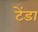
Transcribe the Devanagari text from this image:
टेंडा